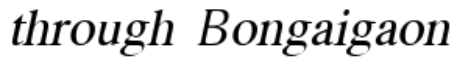
through Bongaigaon